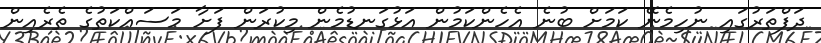
ދަފްތަރުގައި ނުހިމެނޭ ކަމަށް ބުނެ އެހެންކަމުން އަޅުގަނޑުމެން މިކުރަން ފަށާ މަސައްކަތުގެ ތެރެއިން